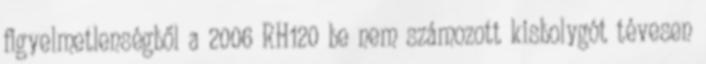
figyelmetlenségből a 2006 RH120 be nem számozott kisbolygót tévesen